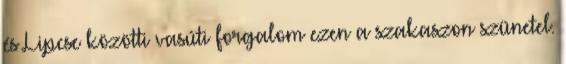
és Lipcse közötti vasúti forgalom ezen a szakaszon szünetel.